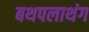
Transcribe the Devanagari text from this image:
बथपलाथंग